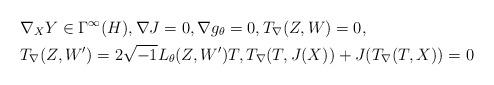
LaTeX: \begin{align*} & \nabla_X Y\in\Gamma^{\infty}(H), \nabla J=0, \nabla g_{\theta}=0, T_{\nabla}(Z,W)=0, \\ & T_{\nabla}(Z,W^\prime) =2\sqrt{-1} L_{\theta}(Z,W^\prime)T, T_{\nabla}(T,J(X))+J(T_{\nabla}(T,X))=0\end{align*}